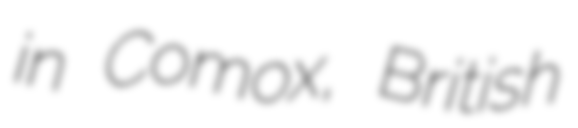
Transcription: in Comox, British